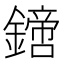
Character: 𨬙